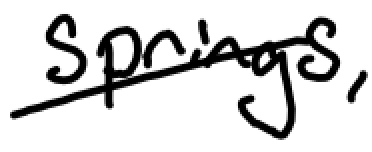
Text: Springs,
Cross-out: diagonal
Writing tool: digital_black